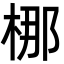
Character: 梛